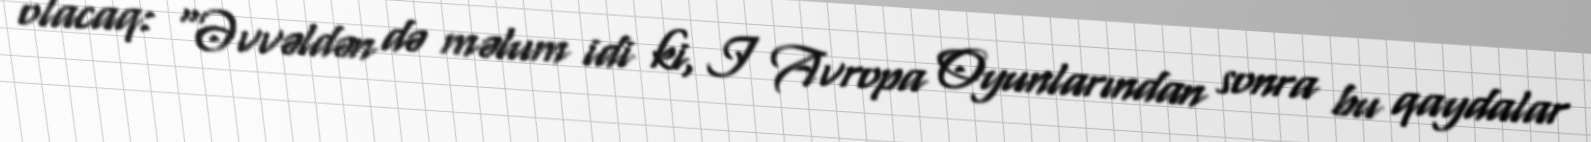
olacaq: “Əvvəldən də məlum idi ki, I Avropa Oyunlarından sonra bu qaydalar